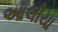
આલીયા